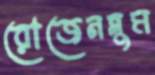
রোজেনব্লুম